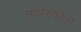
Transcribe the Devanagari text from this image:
सर्व्हरवरून